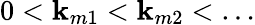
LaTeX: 0<\mathbf{k}_{m1}<\mathbf{k}_{m2}<\ldots